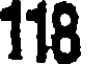
118